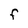
Character: F